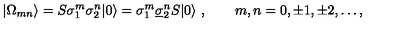
| \Omega _ { m n } \rangle = S \sigma _ { 1 } ^ { m } \sigma _ { 2 } ^ { n } | 0 \rangle = \sigma _ { 1 } ^ { m } \underline { { \sigma } } _ { 2 } ^ { n } S | 0 \rangle \ , \qquad m , n = 0 , \pm 1 , \pm 2 , \ldots ,